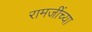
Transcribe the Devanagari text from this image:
रामजींच्या